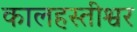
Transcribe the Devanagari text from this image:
कालहस्तीश्वर